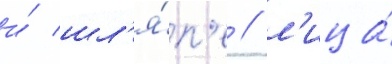
и́ шл'я́п'е / л'ица́